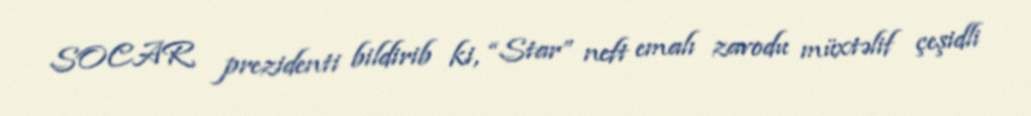
SOCAR prezidenti bildirib ki, “Star” neft emalı zavodu müxtəlif çeşidli